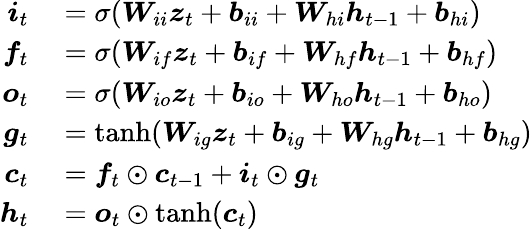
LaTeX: \begin{array}{rl}{\boldsymbol{i}_{t}}&{{}=\sigma(\boldsymbol{W}_{ii}\boldsymbol{z}_{t}+\boldsymbol{b}_{ii}+\boldsymbol{W}_{hi}\boldsymbol{h}_{t-1}+\boldsymbol{b}_{hi})}\\ {\boldsymbol{f}_{t}}&{{}=\sigma(\boldsymbol{W}_{if}\boldsymbol{z}_{t}+\boldsymbol{b}_{if}+\boldsymbol{W}_{hf}\boldsymbol{h}_{t-1}+\boldsymbol{b}_{hf})}\\ {\boldsymbol{o}_{t}}&{{}=\sigma(\boldsymbol{W}_{io}\boldsymbol{z}_{t}+\boldsymbol{b}_{io}+\boldsymbol{W}_{ho}\boldsymbol{h}_{t-1}+\boldsymbol{b}_{ho})}\\ {\boldsymbol{g}_{t}}&{{}=\operatorname{tanh}(\boldsymbol{W}_{ig}\boldsymbol{z}_{t}+\boldsymbol{b}_{ig}+\boldsymbol{W}_{hg}\boldsymbol{h}_{t-1}+\boldsymbol{b}_{hg})}\\ {\boldsymbol{c}_{t}}&{{}=\boldsymbol{f}_{t}\odot\boldsymbol{c}_{t-1}+\boldsymbol{i}_{t}\odot\boldsymbol{g}_{t}}\\ {\boldsymbol{h}_{t}}&{{}=\boldsymbol{o}_{t}\odot\operatorname{tanh}(\boldsymbol{c}_{t})}\end{array}